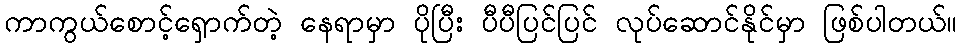
ကာကွယ်စောင့်ရှောက်တဲ့ နေရာမှာ ပိုပြီး ပီပီပြင်ပြင် လုပ်ဆောင်နိုင်မှာ ဖြစ်ပါတယ်။